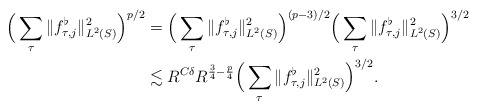
\begin{align*}\Big( \sum_{\tau} \|f_{\tau,j}^{\flat}\|_{L^2(S)}^2 \Big)^{p/2} &= \Big( \sum_{\tau} \|f_{\tau,j}^{\flat}\|_{L^2(S)}^2 \Big)^{(p-3)/2} \Big( \sum_{\tau} \|f_{\tau,j}^{\flat}\|_{L^2(S)}^2 \Big)^{3/2} \\&\lesssim R^{C\delta} R^{\frac{3}{4} - \frac{p}{4}} \Big( \sum_{\tau} \|f_{\tau,j}^{\flat}\|_{L^2(S)}^2 \Big)^{3/2}.\end{align*}